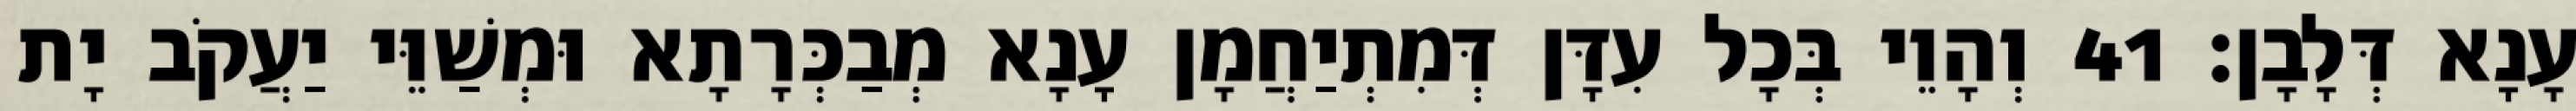
עָנָא דְּלָבָן׃ 41 וְהָוֵי בְּכָל עִדָּן דְּמִתְיַחֲמָן עָנָא מְבַכְּרָתָא וּמְשַׁוֵּי יַעֲקֹב יָת